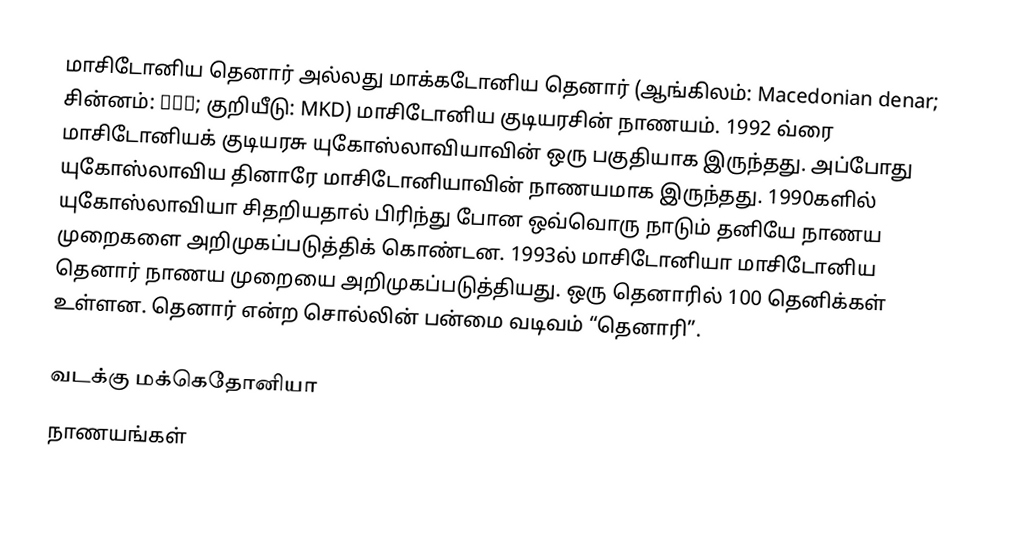
மாசிடோனிய தெனார் அல்லது மாக்கடோனிய தெனார் (ஆங்கிலம்: Macedonian denar; சின்னம்: ден; குறியீடு: MKD) மாசிடோனிய குடியரசின் நாணயம். 1992 வ்ரை மாசிடோனியக் குடியரசு யுகோஸ்லாவியாவின் ஒரு பகுதியாக இருந்தது. அப்போது யுகோஸ்லாவிய தினாரே மாசிடோனியாவின் நாணயமாக இருந்தது. 1990களில் யுகோஸ்லாவியா சிதறியதால் பிரிந்து போன ஒவ்வொரு நாடும் தனியே நாணய முறைகளை அறிமுகப்படுத்திக் கொண்டன. 1993ல் மாசிடோனியா மாசிடோனிய தெனார் நாணய முறையை அறிமுகப்படுத்தியது. ஒரு தெனாரில் 100 தெனிக்கள் உள்ளன. தெனார் என்ற சொல்லின் பன்மை வடிவம் “தெனாரி”.

வடக்கு மக்கெதோனியா
நாணயங்கள்